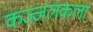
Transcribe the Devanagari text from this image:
कज्जलकला